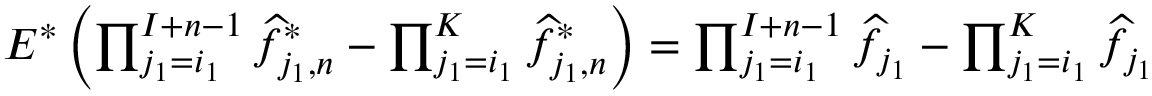
\begin{array} { r } { E ^ { * } \left( \prod _ { j _ { 1 } = i _ { 1 } } ^ { I + n - 1 } \widehat f _ { j _ { 1 } , n } ^ { * } - \prod _ { j _ { 1 } = i _ { 1 } } ^ { K } \widehat f _ { j _ { 1 } , n } ^ { * } \right) = \prod _ { j _ { 1 } = i _ { 1 } } ^ { I + n - 1 } \widehat f _ { j _ { 1 } } - \prod _ { j _ { 1 } = i _ { 1 } } ^ { K } \widehat f _ { j _ { 1 } } } \end{array}